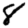
Digit: 8